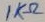
Text: 1KΩ